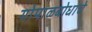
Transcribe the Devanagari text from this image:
गोपाळबोधाचे